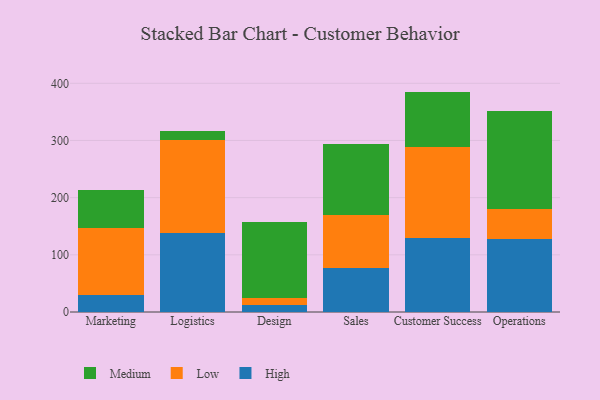
{"axis": {"x": "Department", "y": "Tickets Resolved"}, "legend": ["High", "Low", "Medium"], "data": [{"x": "Marketing", "y": 29.4, "type": "High"}, {"x": "Marketing", "y": 117.1, "type": "Low"}, {"x": "Marketing", "y": 67.2, "type": "Medium"}, {"x": "Logistics", "y": 138.9, "type": "High"}, {"x": "Logistics", "y": 161.2, "type": "Low"}, {"x": "Logistics", "y": 16.2, "type": "Medium"}, {"x": "Design", "y": 12.8, "type": "High"}, {"x": "Design", "y": 12.4, "type": "Low"}, {"x": "Design", "y": 131.9, "type": "Medium"}, {"x": "Sales", "y": 76.9, "type": "High"}, {"x": "Sales", "y": 93.1, "type": "Low"}, {"x": "Sales", "y": 123.3, "type": "Medium"}, {"x": "Customer Success", "y": 129.5, "type": "High"}, {"x": "Customer Success", "y": 159.7, "type": "Low"}, {"x": "Customer Success", "y": 96.3, "type": "Medium"}, {"x": "Operations", "y": 128.0, "type": "High"}, {"x": "Operations", "y": 52.6, "type": "Low"}, {"x": "Operations", "y": 170.2, "type": "Medium"}]}